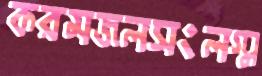
করমজলসংলগ্ন